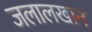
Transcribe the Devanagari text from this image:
जलालखान